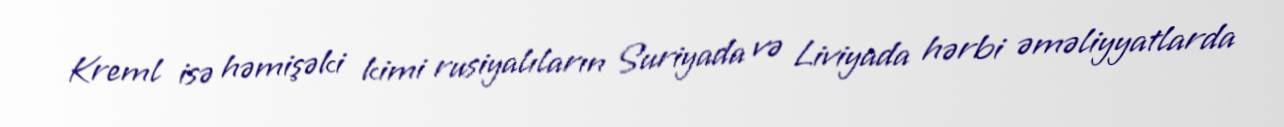
Kreml isə həmişəki kimi rusiyalıların Suriyada və Liviyada hərbi əməliyyatlarda